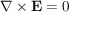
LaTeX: \nabla \times \mathbf { E } = 0